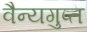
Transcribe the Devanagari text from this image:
वैन्यगुप्त